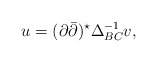
\begin{align*}u = (\partial\bar\partial)^{\star}\Delta_{BC}^{-1}v,\end{align*}